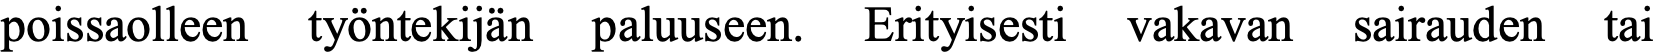
poissaolleen työntekijän paluuseen. Erityisesti vakavan sairauden tai